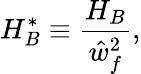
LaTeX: H_{B}^{*}\equiv\frac{H_{B}}{\hat{w}_{f}^{2}},